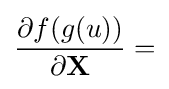
{\frac {\partial f(g(u))}{\partial \mathbf {X} }}=